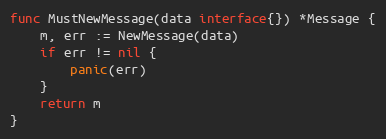
Language: Go
func MustNewMessage(data interface{}) *Message {
	m, err := NewMessage(data)
	if err != nil {
		panic(err)
	}
	return m
}